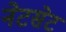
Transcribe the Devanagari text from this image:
नेटसेट